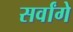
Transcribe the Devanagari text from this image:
सर्वांगे